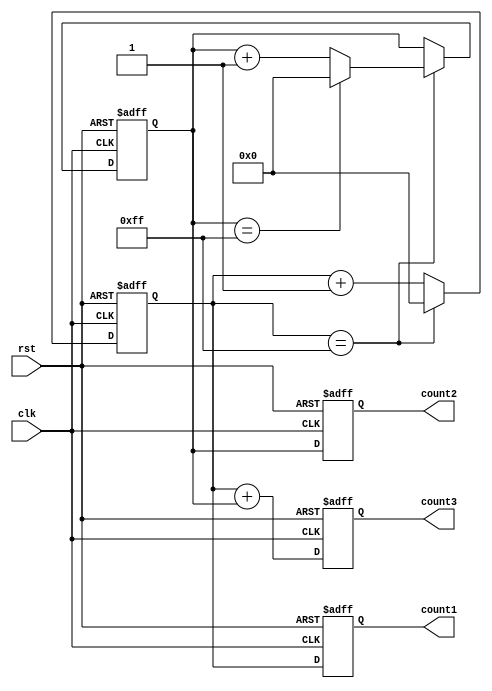
module cascaded_counter(
    input wire clk,
    input wire rst,
    output reg [7:0] count1,
    output reg [7:0] count2,
    output reg [7:0] count3
);

reg [7:0] temp1;
reg [7:0] temp2;

always @(posedge clk or posedge rst) begin
    if (rst) begin
        temp1 <= 8'b0;
        temp2 <= 8'b0;
        count1 <= 8'b0;
        count2 <= 8'b0;
        count3 <= 8'b0;
    end else begin
        temp1 <= temp1 + 1;
        if (temp1 == 8'b11111111) begin
            temp1 <= 8'b0;
            temp2 <= temp2 + 1;
            if (temp2 == 8'b11111111) begin
                temp2 <= 8'b0;
            end
        end
        count1 <= temp1;
        count2 <= temp2;
        count3 <= temp1 + temp2;
    end
end

endmodule